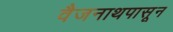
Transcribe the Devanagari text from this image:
वैजनाथपासून